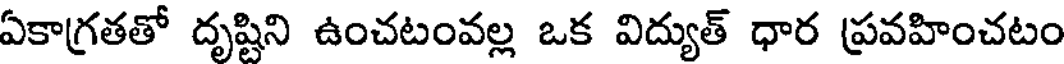
ఏకాగ్రతతో దృష్టిని ఉంచటంవల్ల ఒక విద్యుత్ ధార ప్రవహించటం